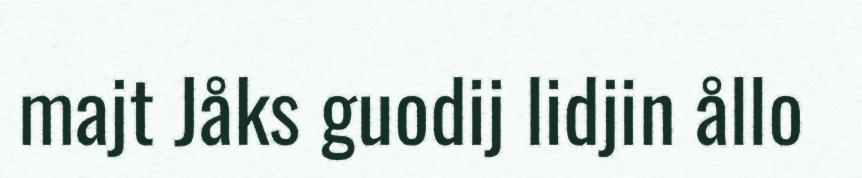
majt Jåks guodij lidjin ållo